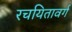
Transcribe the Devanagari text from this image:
रचयितावर्ग